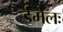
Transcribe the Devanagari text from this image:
ईमेलः